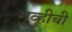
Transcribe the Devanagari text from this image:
मुव्हीची